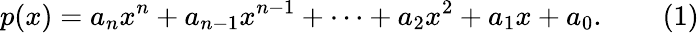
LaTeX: p(x)=a_{n}x^{n}+a_{n-1}x^{n-1}+\cdots+a_{2}x^{2}+a_{1}x+a_{0}.\qquad(1)